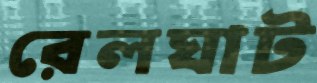
রেলঘাট